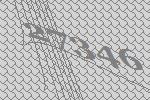
27346